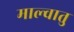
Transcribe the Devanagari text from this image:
माल्वातु